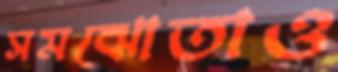
সমঝোতাও